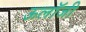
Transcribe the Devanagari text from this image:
ऊलॉजी